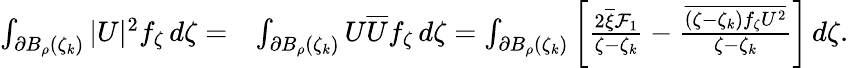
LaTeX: \begin{array}{rl}{\int_{\partial B_{\rho}(\zeta_{k})}|U|^{2}f_{\zeta}\, d\zeta=}&{\int_{\partial B_{\rho}(\zeta_{k})}U\overline{U}f_{\zeta}\, d\zeta=\int_{\partial B_{\rho}(\zeta_{k})}\left[\frac{2\overline{\xi}\mathcal{F}_{1}}{\zeta-\zeta_{k}}-\frac{\overline{{(\zeta-\zeta_{k})f_{\zeta}U^{2}}}}{\zeta-\zeta_{k}}\right]\, d\zeta.}\end{array}